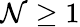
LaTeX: \mathcal{N}\ge1